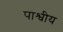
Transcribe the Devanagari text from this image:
पाश्वीय